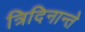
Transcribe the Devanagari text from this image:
त्रिदिनान्ते